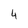
Character: 4